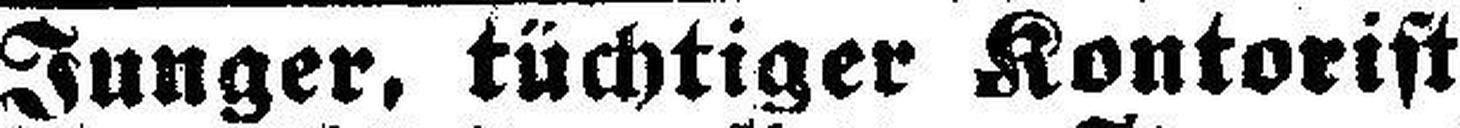
Junger, tüchtiger Kontorist